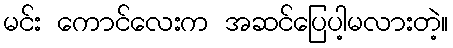
မင်း ကောင်လေးက အဆင်ပြေပါ့မလားတဲ့။